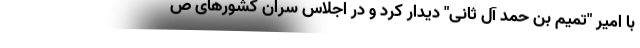
با امیر "تمیم بن حمد آل ثانی" دیدار کرد و در اجلاس سران کشورهای ص